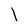
Character: l